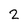
Character: 2